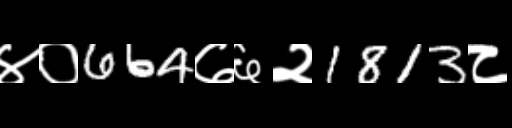
Text: ४०664७६२1813८